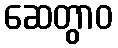
ဆေတွာဝ